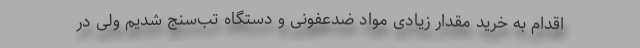
اقدام به خرید مقدار زیادی مواد ضدعفونی و دستگاه تب‌سنج شدیم ولی در